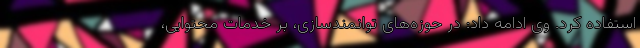
استفاده کرد. وی ادامه داد: در حوزه‌های توانمندسازی، بر خدمات محتوایی،